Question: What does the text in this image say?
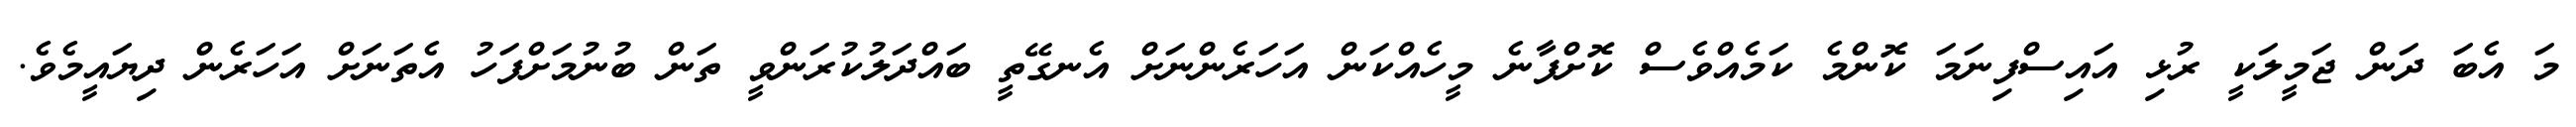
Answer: މަ އެބަ ދަން ޖަމީލަކީ ރުޅި އައިސްފިނަމަ ކޮންމެ ކަމެއްވެސް ކޮށްފާނެ މީހެއްކަން އަހަރެންނަށް އެނގޭތީ ބައްދަލުކުރަންވީ ތަން ބުނުމަށްފަހު އެތަނަށް އަހަރެން ދިޔައީމެވެ.